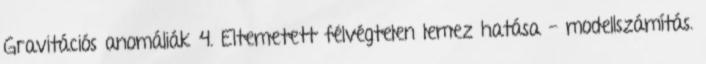
Gravitációs anomáliák 4. Eltemetett félvégtelen lemez hatása - modellszámítás.